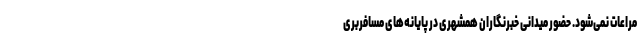
مراعات نمی‌شود. حضور میدانی خبرنگاران همشهری در پایانه‌های مسافربری